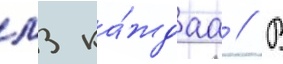
м3 ка́ждаа // В